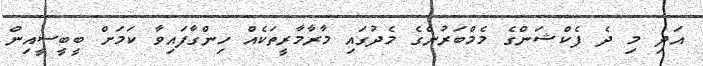
އަދި މި ދެ ފެކްޝަންގެ މެމްބަރުންގެ މެދުގައި މާރާމާރީތަކެއް ހިންގާފައިވާ ކަމަށް ބީބީސީއިން